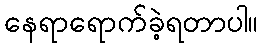
နေရာရောက်ခဲ့ရတာပါ။